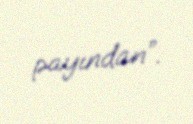
payından”.